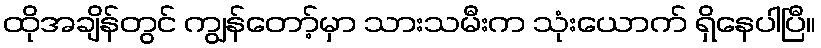
ထိုအချိန်တွင် ကျွန်တော့်မှာ သားသမီးက သုံးယောက် ရှိနေပါပြီ။